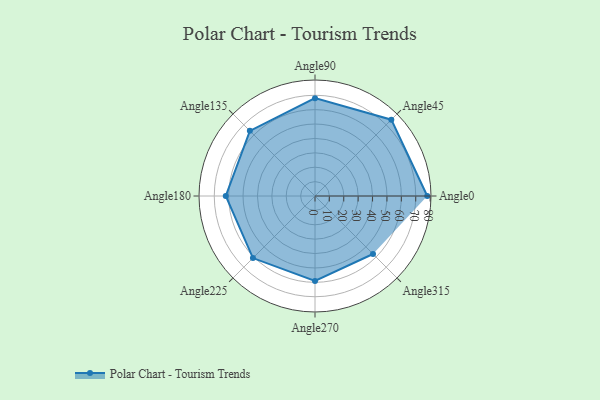
{"axis": {"x": "Angle", "y": "Radius"}, "legend": [""], "data": [{"x": "Angle0", "y": 78.0, "type": ""}, {"x": "Angle45", "y": 75.0, "type": ""}, {"x": "Angle90", "y": 68.0, "type": ""}, {"x": "Angle135", "y": 64.0, "type": ""}, {"x": "Angle180", "y": 62.0, "type": ""}, {"x": "Angle225", "y": 61.0, "type": ""}, {"x": "Angle270", "y": 59.0, "type": ""}, {"x": "Angle315", "y": 57.0, "type": ""}]}